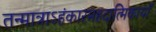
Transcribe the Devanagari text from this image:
तन्मात्राऽहंकारमहदात्मिकायाँ